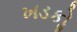
ખડકોૢ